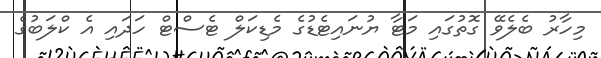
މިހާރު ބެލެވޭ ގޮތުގައި މަޓާ ޔުނައިޓެޑުގެ މެޑިކަލް ޓެސްޓް ހަދައި އެ ކްލަބުގެ